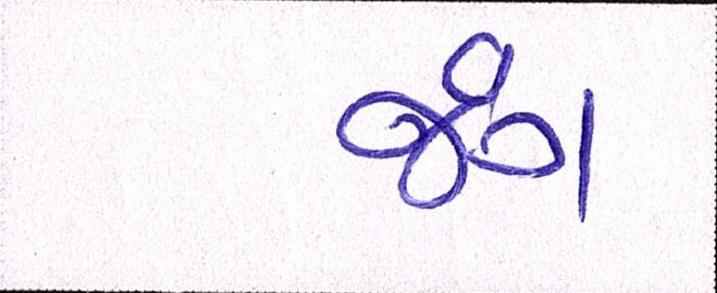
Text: જંગ